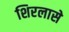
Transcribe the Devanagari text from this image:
शिरलासे